Indian journal of veterinary science and animal husbandry - Volumes 22-23, 1952-1953
Year: 1952
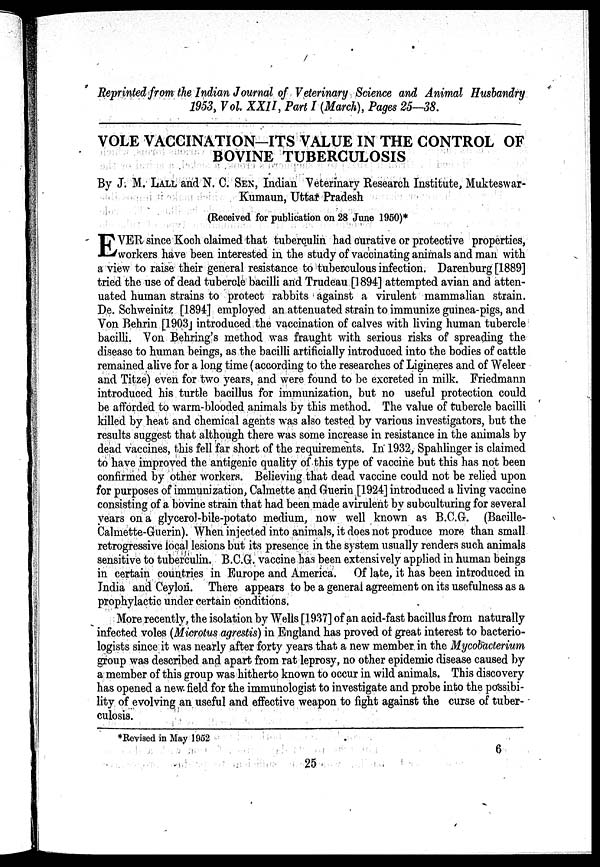
Reprinted from the Indian Journal of Veterinary Science and Animal Husbandry
1953, Vol. XXII, Part I (March), Pages 25—38.
VOLE VACCINATION-ITS VALUE IN THE CONTROL OF
BOVINE TUBERCULOSIS
By J. M. LALL and N. C. SEN, Indian Veterinary Research Institute, Mukteswar-
Kumaun, Uttar Pradesh
(Received for publication on 28 June 1950)*
E VER since Koch claimed that tuberculin had curative or protective properties,
workers have been interested in the study of vaccinating animals and man with
a view to raise their general resistance to tuberculous infection. Darenburg [1889]
tried the use of dead tubercle bacilli arid Trudeau [1894] attempted avian and atten-
uated human strains to protect rabbits against a virulent mammalian strain.
De. Schweinitz [1894] employed an attenuated strain to immunize guinea-pigs, and
Von Behrin [1903] introduced the vaccination of calves with living human tubercle
bacilli. Von Behring's method was fraught with serious risks of spreading the
disease to human beings, as the bacilli artificially introduced into the bodies of cattle
remained alive for a long time (according to the researches of Ligineres and of Weleer
and Titze) even for two years, and were found to be excreted in milk. Friedmann
introduced his turtle bacillus for immunization, but no useful protection could
be afforded to warm-blooded animals by this method. The value of tubercle bacilli
killed by heat and chemical agents was also tested by various investigators, but the
results suggest that although there was some increase in resistance in the animals by
dead vaccines, this fell far short of the requirements. In 1932, Spahlinger is claimed
to have improved the antigenic quality of this type of vaccine but this has not been
confirmed by other workers. Believing that dead vaccine could not be relied upon
for purposes of immunization, Calmette and Guerin [1924] introduced a living vaccine
consisting of a bovine strain that had been made avirulent by subculturing for several
years on a glycerol-bile-potato medium, now well known as B.C.G. (Bacille-
Calmette-Guerin). When injected into animals, it does not produce more than small
retrogressive local lesions but its presence in the system usually renders such animals
sensitive to tuberculin. B.C.G. vaccine has been extensively applied in human beings
in certain countries in Europe and America. Of late, it has been introduced in
India and Ceylon. There appears to be a general agreement on its usefulness as a
prophylactic under certain conditions.
More recently, the isolation by Wells [1937] of an acid-fast bacillus from naturally
infected voles (Microtus agrestis) in England has proved of great interest to bacterio-
logists since it was nearly after forty years that a new member in the Mycobacterium
group was described and apart from rat leprosy, no other epidemic disease caused by
a member of this group was hitherto known to occur in wild animals. This discovery
has opened a new field for the immunologist to investigate and probe into the possibi-
lity of evolving an useful and effective weapon to fight against the curse of tuber- -
culosis.
*Revised in May 1952
6
25